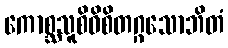
ကောစ္ဆသူစိဝိစိတဂ္ဂသောဘိတံ